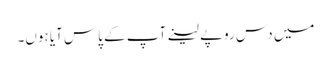
میں دس روپے لینے آپ کے پاس آیا ہوں۔